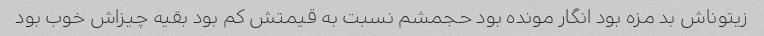
زیتوناش بد مزه بود انگار مونده بود حجمشم نسبت به قیمتش کم بود بقیه چیزاش خوب بود